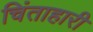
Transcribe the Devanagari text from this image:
चिंताहारी